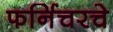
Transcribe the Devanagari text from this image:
फर्निचरचे